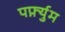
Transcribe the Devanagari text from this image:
पर्फ़्युम